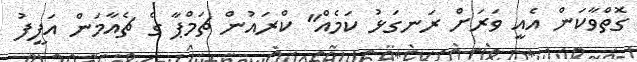
ގޮތްވާކަން އެއީ ވަރަށް ރަނގަޅު ކަމެއް" ކްރައުން ޗަމްޕާ ގެ ޗެއާމަން އަފީފު